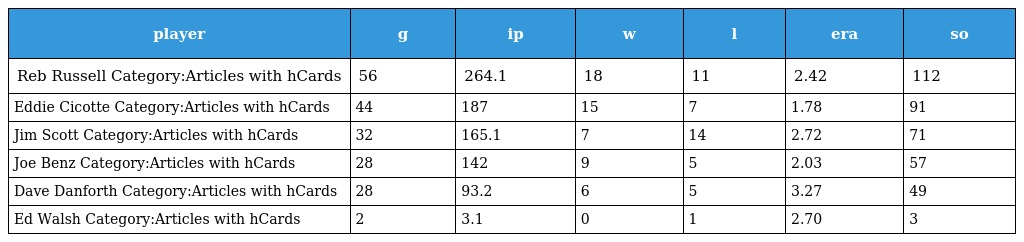
| player | g | ip | w | l | era | so |
 | --- | --- | --- | --- | --- | --- | --- |
 | Reb Russell Category:Articles with hCards | 56 | 264.1 | 18 | 11 | 2.42 | 112 |
 | Eddie Cicotte Category:Articles with hCards | 44 | 187 | 15 | 7 | 1.78 | 91 |
 | Jim Scott Category:Articles with hCards | 32 | 165.1 | 7 | 14 | 2.72 | 71 |
 | Joe Benz Category:Articles with hCards | 28 | 142 | 9 | 5 | 2.03 | 57 |
 | Dave Danforth Category:Articles with hCards | 28 | 93.2 | 6 | 5 | 3.27 | 49 |
 | Ed Walsh Category:Articles with hCards | 2 | 3.1 | 0 | 1 | 2.70 | 3 |